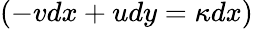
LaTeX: (-vdx+udy=\kappa dx)